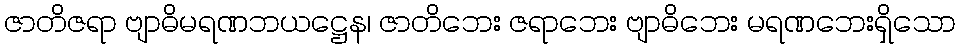
ဇာတိဇရာ ဗျာဓိမရဏဘယဋ္ဌေန၊ ဇာတိဘေး ဇရာဘေး ဗျာဓိဘေး မရဏဘေးရှိသော